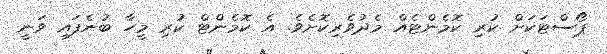
ޕޯސްޓަކަށް ކުރި ކޮމެންޓެއް މެދުވެރިކޮށެވެ. އެ ކޮމެންޓް ކުރި މީހާ ބުނެފައި ވަނީ